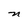
Character: n